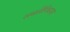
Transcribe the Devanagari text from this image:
समलैंगिकवाद